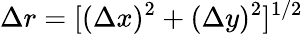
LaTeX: \Delta r=[(\Delta x)^{2}+(\Delta y)^{2}]^{1/2}